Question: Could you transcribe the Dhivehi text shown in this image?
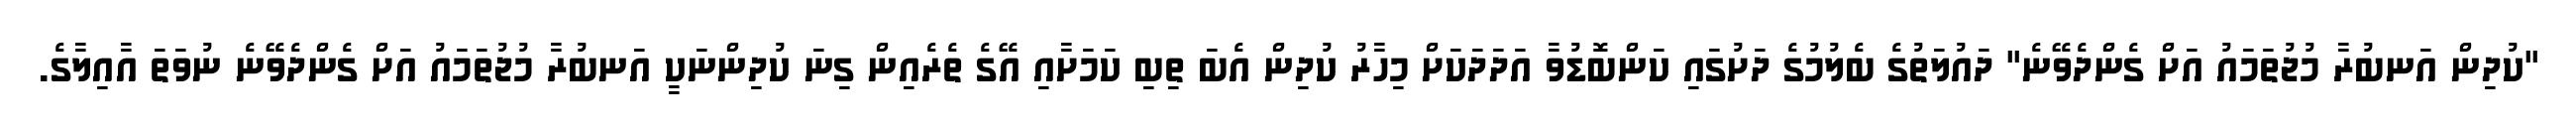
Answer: "ކުދިން އަނބުރާ މުޖުތަމައު އަށް ގެންދެވޭނެ" ދައުލަތުގެ ބެލުމުގެ ދަށުގައި ކަންބޮޑުވާ އަދަދަކަށް މިހާރު ކުދިން އެބަ ތިބި ކަމަށާއި އޭގެ ތެރެއިން ގިނަ ކުދިންނަކީ އަނބުރާ މުޖުތަމައު އަށް ގެންދެވޭނެ ނުވަތަ އާއިލާގެ.